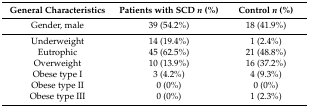
<table><thead><tr><td><b>General Characteristics</b></td><td><b>Patients with SCD <i>n</i> (%)</b></td><td><b>Control <i>n</i> (%)</b></td></tr></thead><tbody><tr><td>Gender, male</td><td>39 (54.2%)</td><td>18 (41.9%)</td></tr><tr><td>Underweight</td><td>14 (19.4%)</td><td>1 (2.4%)</td></tr><tr><td>Eutrophic</td><td>45 (62.5%)</td><td>21 (48.8%)</td></tr><tr><td>Overweight</td><td>10 (13.9%)</td><td>16 (37.2%)</td></tr><tr><td>Obese type I</td><td>3 (4.2%) </td><td>4 (9.3%)</td></tr><tr><td>Obese type II</td><td>0 (0%)</td><td>0 (0%)</td></tr><tr><td>Obese type III</td><td>0 (0%)</td><td>1 (2.3%)</td></tr></tbody></table>